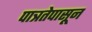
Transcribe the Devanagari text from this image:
पात्रतेपासून